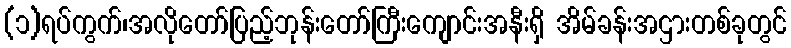
(၁)ရပ်ကွက်၊အလိုတော်ပြည့်ဘုန်းတော်ကြီးကျောင်းအနီးရှိ အိမ်ခန်းအဌားတစ်ခုတွင်